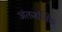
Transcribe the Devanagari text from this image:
अंतर्जातिक